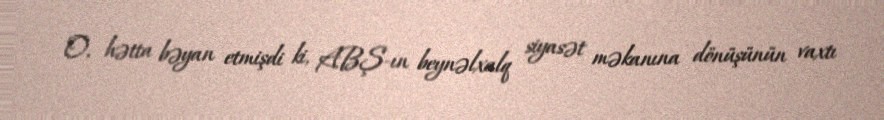
O, hətta bəyan etmişdi ki, ABŞ-ın beynəlxalq siyasət məkanına dönüşünün vaxtı